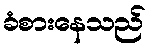
ခံစားနေသည်